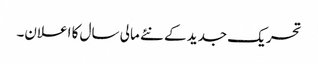
تحریک جدید کے نئے مالی سال کا اعلان۔